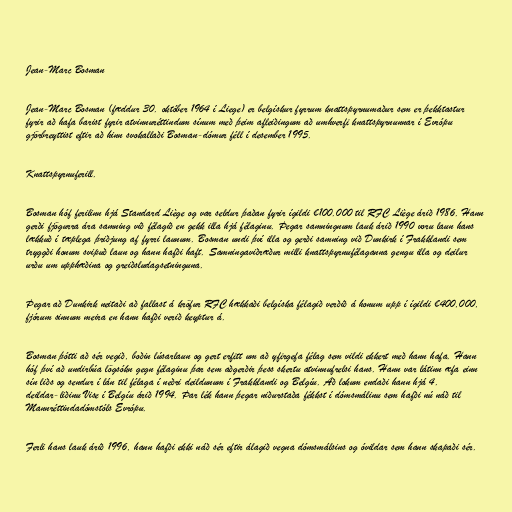
Jean-Marc Bosman

Jean-Marc Bosman (fæddur 30. október 1964 í Liege) er belgískur fyrrum knattspyrnumaður sem er þekktastur
fyrir að hafa barist fyrir atvinnuréttindum sínum með þeim afleiðingum að umhverfi knattspyrnunnar í Evrópu
gjörbreyttist eftir að hinn svokallaði Bosman-dómur féll í desember 1995.

Knattspyrnuferill.

Bosman hóf ferilinn hjá Standard Liège og var seldur þaðan fyrir ígildi €100.000 til RFC Liège árið 1986. Hann
gerði fjögurra ára samning við félagið en gekk illa hjá félaginu. Þegar samningnum lauk árið 1990 voru laun hans
lækkuð í tæplega þriðjung af fyrri launum. Bosman undi því illa og gerði samning við Dunkirk í Frakklandi sem
tryggði honum svipuð laun og hann hafði haft. Samningaviðræður milli knattspyrnufélaganna gengu illa og deilur
urðu um upphæðina og greiðsludagsetninguna.

Þegar að Dunkirk neitaði að fallast á kröfur RFC hækkaði belgíska félagið verðið á honum upp í ígildi €400,000,
fjórum sinnum meira en hann hafði verið keyptur á.

Bosman þótti að sér vegið, boðin lúsarlaun og gert erfitt um að yfirgefa félag sem vildi ekkert með hann hafa. Hann
hóf því að undirbúa lögsókn gegn félaginu þar sem aðgerðir þess skertu atvinnufrelsi hans. Hann var látinn æfa einn
sín liðs og sendur í lán til félaga í neðri deildunum í Frakklandi og Belgíu. Að lokum endaði hann hjá 4.
deildar-liðinu Vise í Belgíu árið 1994. Þar lék hann þegar niðurstaða fékkst í dómsmálinu sem hafði nú náð til
Mannréttindadómstóls Evrópu.

Ferli hans lauk árið 1996, hann hafði ekki náð sér eftir álagið vegna dómsmálsins og óvildar sem hann skapaði sér.